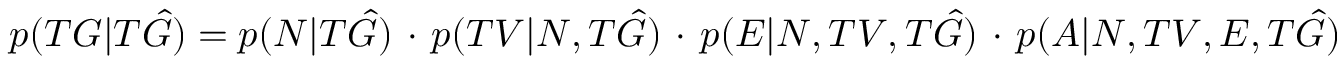
p ( T G | T \hat { G } ) = p ( N | T \hat { G } ) \, \cdot \, p ( T V | N , T \hat { G } ) \, \cdot \, p ( E | N , T V , T \hat { G } ) \, \cdot \, p ( A | N , T V , E , T \hat { G } )